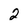
Character: 2